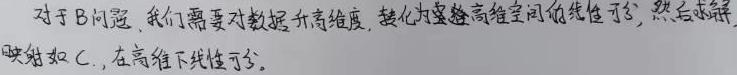
对于B问题,我们需要对数据升高维度,转化为高维空间的线性可分,然后求解映射如C.,在高维下线性可分。